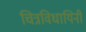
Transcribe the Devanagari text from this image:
चित्रविधायिनी